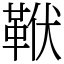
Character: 𩊙